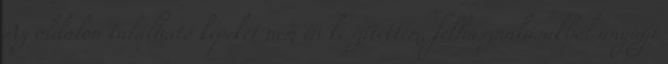
Az oldalon található képeket nem én készítettem, felhasználásukból anyagi